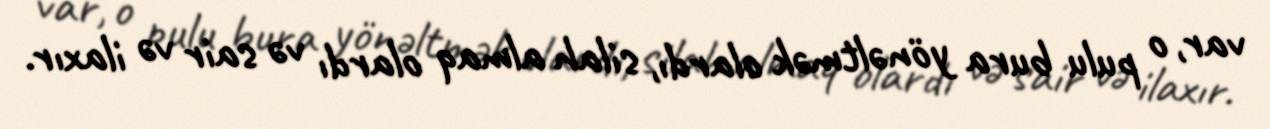
var, o pulu bura yönəltmək olardı, silah almaq olardı və sair və ilaxır.